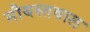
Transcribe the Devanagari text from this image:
नौबस्तवाल